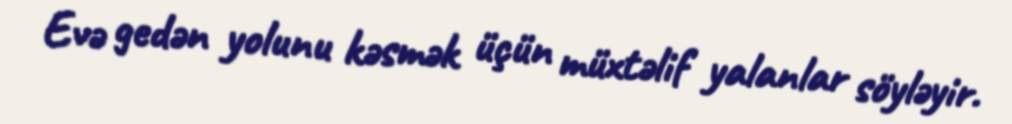
Evə gedən yolunu kəsmək üçün müxtəlif yalanlar söyləyir.